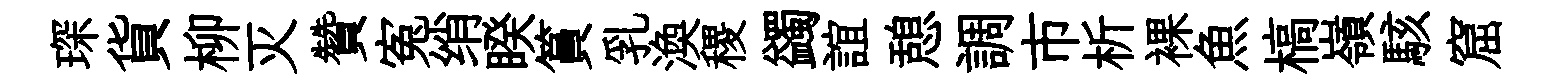
琛貨柳灭贊寃绡睽篔乳渙稷蠲誼憩調市析裸魚槁嶺駭窟